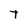
Character: t